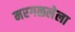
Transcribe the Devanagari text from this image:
मरगळलेला